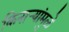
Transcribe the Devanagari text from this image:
किनाऱ्यांमुळे